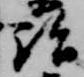
詣